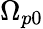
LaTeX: \Omega_{p0}